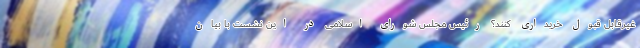
غیرقابل قبول خریداری کنند؟ رئیس مجلس شورای اسلامی در این نشست با بیان